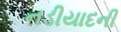
નડીયાદની